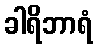
ခါရိဘာရံ